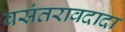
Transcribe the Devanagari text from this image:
वसंतरावदादा